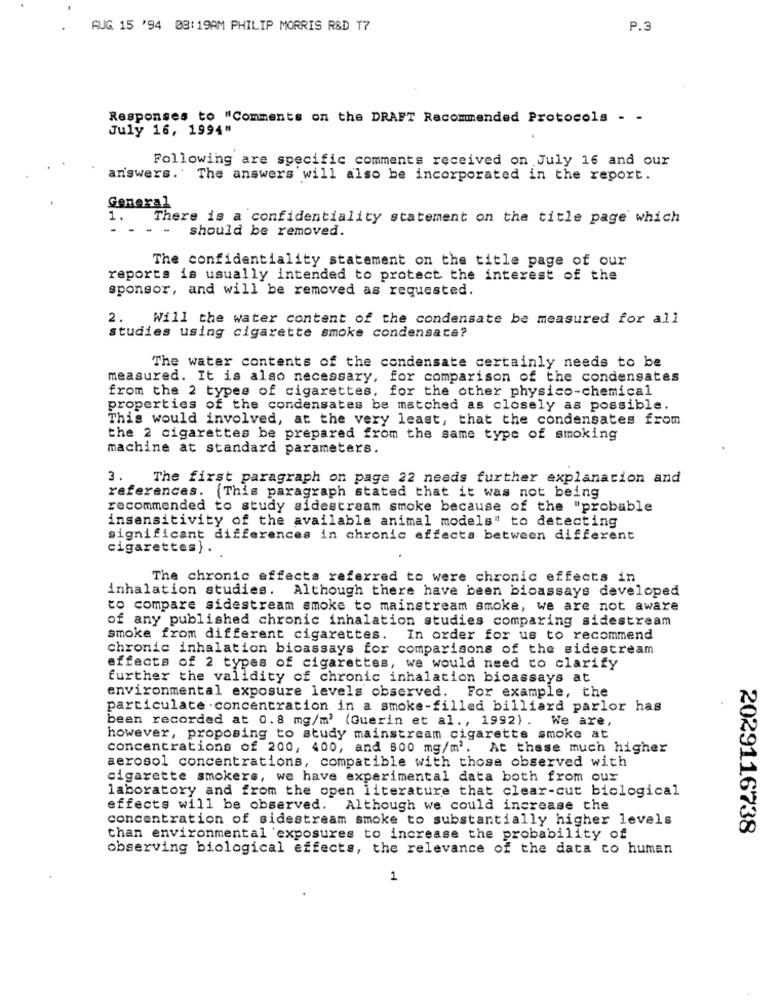
AUG 15 '94 08:19AM PHILIP MORRIS R&D T7
P.3
Responses to "Comments on the DRAFT Recommended Protocols - -
July 16, 1994"
Following are specific comments received on July 16 and our
answers. The answers will also be incorporated in the report.
General
1.
There is a confidentiality statement on the title page which
should be removed.
The confidentiality statement on the title page of our
reports is usually intended to protect the interest of the
sponsor, and will be removed as requested.
2. Will the water content of the condensate be measured for all
studies using cigarette smoke condensaca?
The water contents of the condensate certainly needs to be
measured. It is also necessary, for comparison of the condensates
from the 2 types of cigarettes, for the other physico-chemical
properties of the condensates be matched as closely as possible.
This would involved, at the very least, that the condensates from
the 2 cigarettes be prepared from the same type of smoking
machine at standard parameters.
3.
The first paragraph on page 22 needs further explanation and
references. (This paragraph stated that it was not being
recommended to study sidestream smoke because of the "probable
insensitivity of the available animal models" to detecting
significant differences in chronic effects between different
cigarettes) .
The chronic effects referred to were chronic effects in
inhalation studies. Although there have been bioassays developed
to compare sidestream smoke to mainstream smoke, we are not aware
of any published chronic inhalation studies comparing sidestream
smoke from different cigarettes.
In order for us to recommend
chronic inhalation bioassays for comparisons of the sidestream
effects of 2 types of cigarettes, we would need to clarify
further the validity of chronic inhalation bioassays at
environmental exposure levels observed. For example, the
particulate .concentration in a smoke-filled billiard parlor has
been recorded at 0.8 mg/m' (Guerin et al ., 1992) .
We are,
however, proposing to study mainstream cigarette smoke at
concentrations of 200, 400, and 800 mg/m'. At these much higher
aerosol concentrations, compatible with those observed with
cigarette smokers, we have experimental data both from our
laboratory and from the open literature that clear-cut biological
effects will be observed. Although we could increase the
concentration of sidestream smoke to substantially higher levels
2029116738
than environmental exposures to increase the probability of
observing biological effects, the relevance of the data co human
1